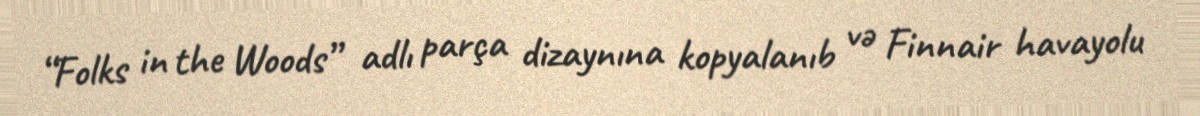
“Folks in the Woods” adlı parça dizaynına kopyalanıb və Finnair havayolu